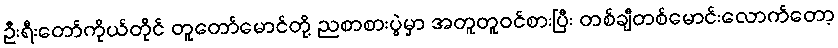
ဦးရီးတော်ကိုယ်တိုင် တူတော်မောင်တို့ ညစာစားပွဲမှာ အတူတူဝင်စားပြီး တစ်ချီတစ်မောင်းလောက်တော့